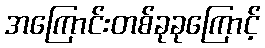
အကြောင်းတစ်ခုခုကြောင့်